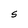
Character: S